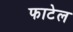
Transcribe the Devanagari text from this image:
फाटेल